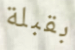
بقبلة